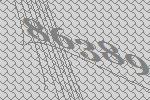
86389